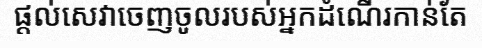
ផ្តល់សេវាចេញចូលរបស់អ្នកដំណើរកាន់តែ